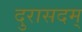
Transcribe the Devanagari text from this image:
दुरासदम्